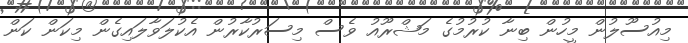
މިއުސޫލުން މީހުން ބިނާ ކުރުމުގެ މަޝްރޫއު ވެސް މިސަރުކާރުން އެކުލަވާލައިގެން މިކަން ކަން